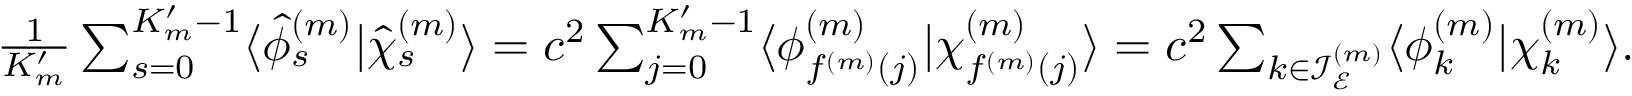
\begin{array} { r } { \frac { 1 } { K _ { m } ^ { \prime } } \sum _ { s = 0 } ^ { K _ { m } ^ { \prime } - 1 } \langle { \hat { \phi } _ { s } ^ { ( m ) } } | { \hat { \chi } _ { s } ^ { ( m ) } } \rangle = c ^ { 2 } \sum _ { j = 0 } ^ { K _ { m } ^ { \prime } - 1 } \langle \phi _ { f ^ { ( m ) } ( j ) } ^ { ( m ) } | \chi _ { f ^ { ( m ) } ( j ) } ^ { ( m ) } \rangle = c ^ { 2 } \sum _ { k \in \mathcal { I } _ { \mathcal { E } } ^ { ( m ) } } \langle { { \phi } _ { k } ^ { ( m ) } } | { { \chi } _ { k } ^ { ( m ) } } \rangle . } \end{array}